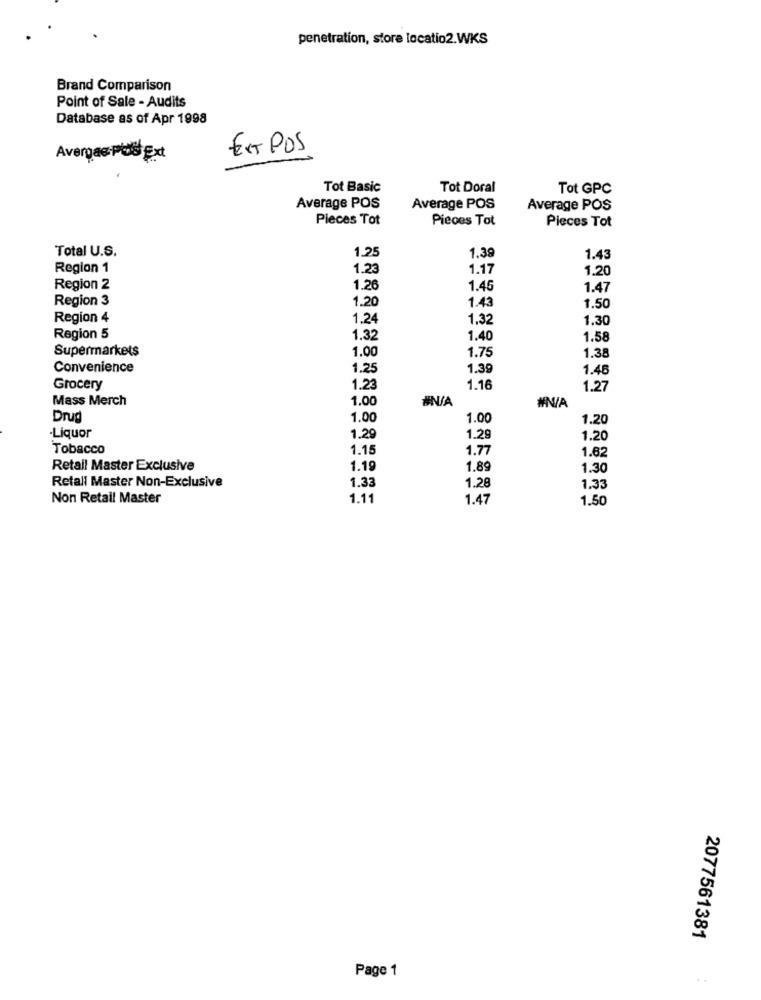
penetration, store locatio2.WKS
Brand Comparison
Point of Sale - Audits
Database as of Apr 1998
EX POS
Avergas Pes Ext
Tot Basic
Tot Doral
Tot GPC
Average POS
Average POS
Average POS
Pieces Tot
Pieces Tot
Pieces Tot
Total U.S.
1.25
1.39
1.43
Region 1
1.23
1.17
1.20
Region 2
1.26
1.45
1.47
Region 3
1.20
1.43
1.50
Region 4
1.24
1.32
1.30
Region 5
1.32
1.40
1.58
Supermarkets
1.00
1.75
1.38
Convenience
1.25
1.39
1.46
Grocery
1.23
1.16
1.27
Mass Merch
1.00
#N/A
#N/A
Drug
1.00
1.00
1.20
-Liquor
1.29
1.29
1.20
Tobacco
1.15
1.77
1.62
Retail Master Exclusive
1.19
1.89
1.30
1.33
1.28
Retall Master Non-Exclusive
1.33
Non Retail Master
1.11
1.47
1.50
2077561381
Page 1